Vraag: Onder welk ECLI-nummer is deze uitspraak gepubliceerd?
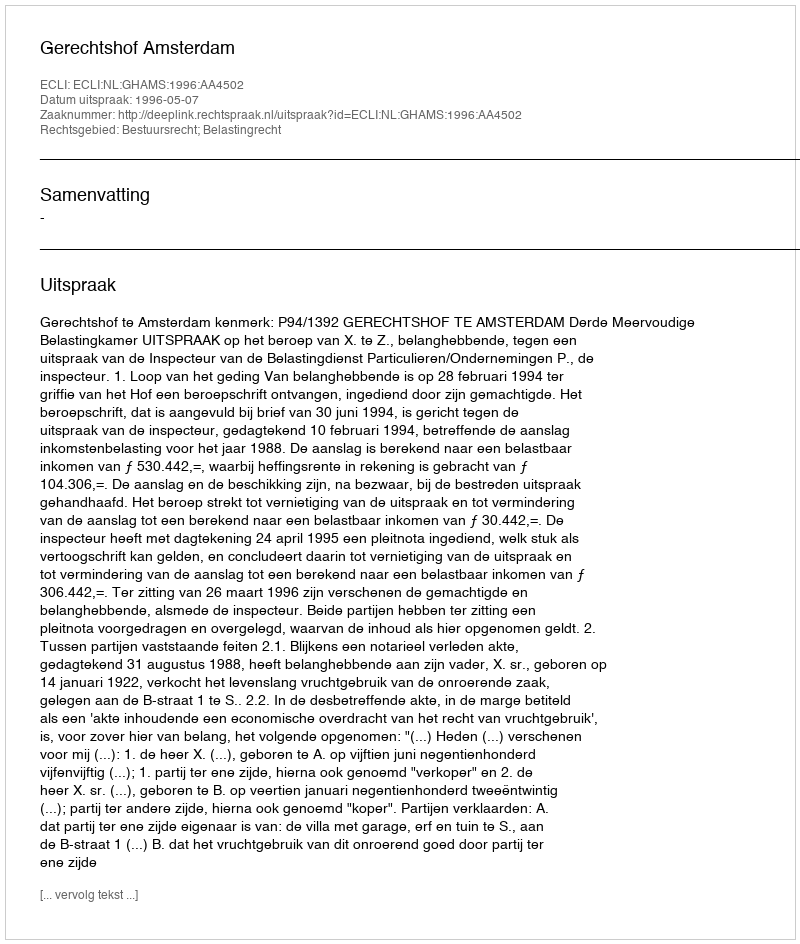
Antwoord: ECLI:NL:GHAMS:1996:AA4502